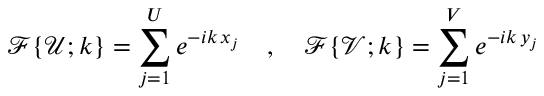
\mathcal { F } \{ \mathcal { U } ; k \} = \sum _ { j = 1 } ^ { U } e ^ { - i k \, x _ { j } } \quad , \quad \mathcal { F } \{ \mathcal { V } ; k \} = \sum _ { j = 1 } ^ { V } e ^ { - i k \, y _ { j } }